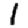
Digit: 1